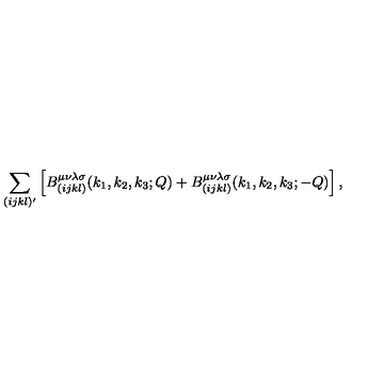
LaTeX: \sum _ { ( i j k l ) ^ { \prime } } \left[ B _ { ( i j k l ) } ^ { \mu \nu \lambda \sigma } ( k _ { 1 } , k _ { 2 } , k _ { 3 } ; Q ) + B _ { ( i j k l ) } ^ { \mu \nu \lambda \sigma } ( k _ { 1 } , k _ { 2 } , k _ { 3 } ; - Q ) \right] ,